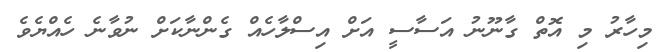
މިހާރު މި އޮތް ގާނޫނު އަސާސީ އަށް އިސްލާހެއް ގެންނާކަށް ނުވާނެ ހެއްޔެވެ